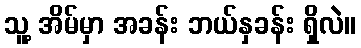
သူ့ အိမ်မှာ အခန်း ဘယ်နှခန်း ရှိလဲ။